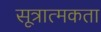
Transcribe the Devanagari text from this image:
सूत्रात्मकता